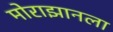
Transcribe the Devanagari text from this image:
मोराझानला